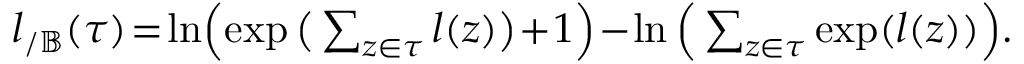
\begin{array} { r } { \boldsymbol { l } _ { / \mathbb { B } } ( \boldsymbol { \tau } ) \! = \! \ln \! \Big ( \! \exp \big ( \sum _ { \boldsymbol { z } \in \boldsymbol { \tau } } \boldsymbol { l } ( \boldsymbol { z } ) \big ) \! + \! 1 \Big ) \! - \! \ln \Big ( \sum _ { \boldsymbol { z } \in \boldsymbol { \tau } } \exp ( \boldsymbol { l } ( \boldsymbol { z } ) ) \Big ) . } \end{array}